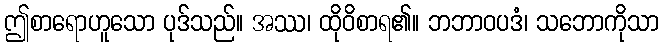
ဤစာရောဟူသော ပုဒ်သည်။ အဿ၊ ထိုဝိစာရ၏။ ဘဘာဝပဒံ၊ သဘောကိုသာ